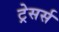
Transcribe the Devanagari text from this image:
ट्रेसर्स